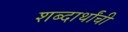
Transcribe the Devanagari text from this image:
शब्दार्थांची